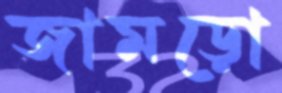
জামড়ো